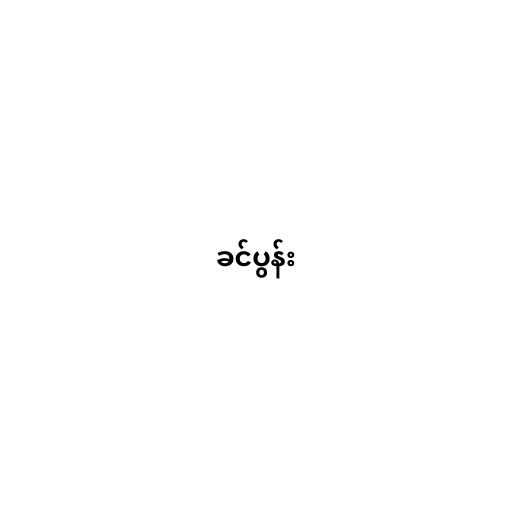
ခင်ပွန်း